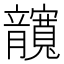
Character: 𰍤